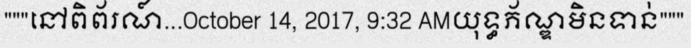
"""នៅពិព័រណ៍...October 14, 2017, 9:32 AMយុទ្ធភ័ណ្ឌមិនទាន់"""